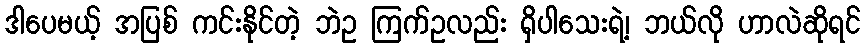
ဒါပေမယ့် အပြစ် ကင်းနိုင်တဲ့ ဘဲဥ ကြက်ဥလည်း ရှိပါသေးရဲ့၊ ဘယ်လို ဟာလဲဆိုရင်